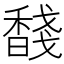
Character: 馢